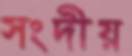
সংদীয়